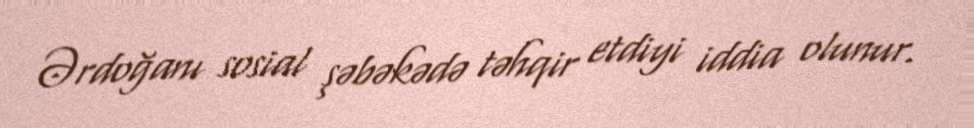
Ərdoğanı sosial şəbəkədə təhqir etdiyi iddia olunur.